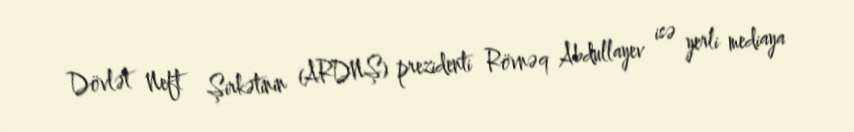
Dövlət Neft Şirkətinin (ARDNŞ) prezidenti Rövnəq Abdullayev isə yerli mediaya